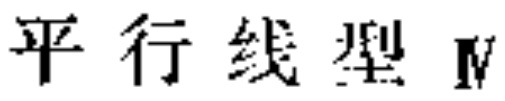
平行线型Ⅳ